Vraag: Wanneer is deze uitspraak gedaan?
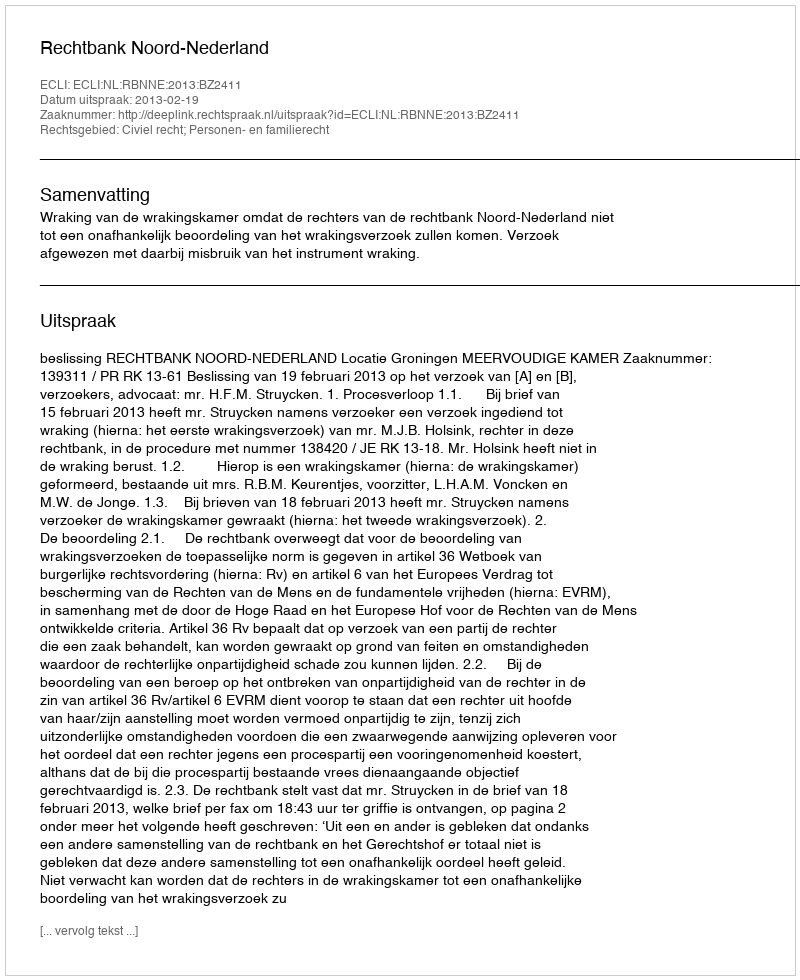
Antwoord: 2013-02-19